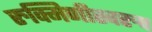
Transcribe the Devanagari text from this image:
रुक्मिणीस्वरुप